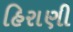
હિરાણી